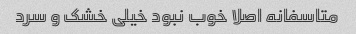
متاسفانه اصلا خوب نبود خیلی خشک و سرد